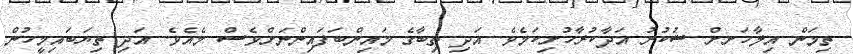
ތިމަން އިލާހަށށް ޝުކުރު އަދާކުރާހުށިކަމެވެ. އަދި ތިބާގެ މައިންބަފައިންނަށްވެސް މެއެވެ. އަދި ތިޔަބައިމީހުން